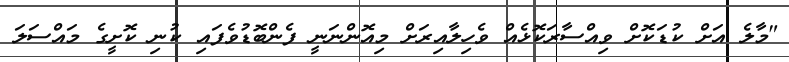
"މާލެ އަށް ކުޑަކޮށް ވިއްސާރަކޮޅެއް ވެހިލާއިރަށް މިއޮންނަނީީ ފެންބޮޑުވެފައި ކުނި ކޮށީގެ މައްސަލަ